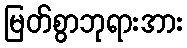
မြတ်စွာဘုရားအား